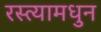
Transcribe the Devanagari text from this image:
रस्त्यामधुन